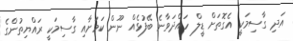
އަދި ގާސިމަކީ އެގޮތަށް ޑީލް ހައްދަވާނެ ބޭފުޅެއް ނޫން ކަމަށާއި ގާސިމަކީ ރައްޔިތުންގެ